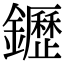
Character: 䥶